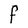
Character: F